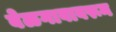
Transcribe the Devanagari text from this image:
बेळगावावरून